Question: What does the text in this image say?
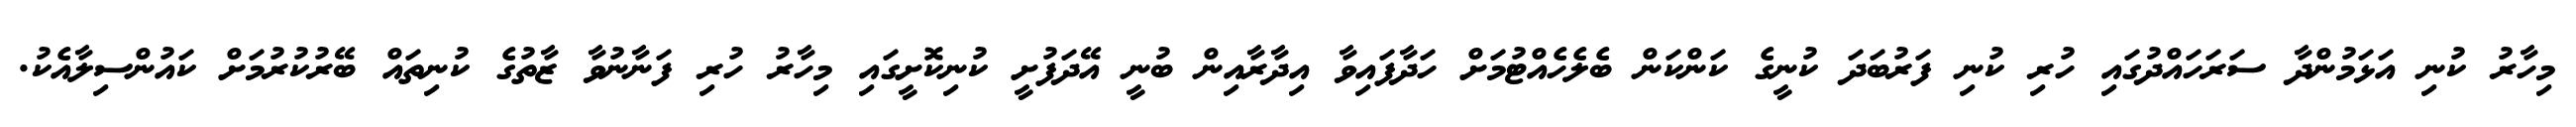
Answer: މިހާރު ކުނި އަޅަމުންދާ ސަރަހައްދުގައި ހުރި ކުނި ފަރުބަދަ ކުނީގެ ކަންކަން ބެލެހެއްޓުމަށް ހަދާފައިވާ އިދާރާއިން ބުނީ އޭދަފުށީ ކުނިކޮށީގައި މިހާރު ހުރި ފަނާނުވާ ޒާތުގެ ކުނިތައް ބޭރުކުރުމަށް ކައުންސިލާއެކު.